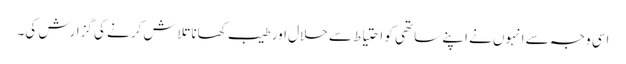
اسی وجہ سے انہوں نے اپنے ساتھی کو احتیاط سے حلال اور طیب کھانا تلاش کرنے کی گزارش کی۔